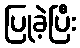
ပြုခဲ့ပြီး